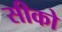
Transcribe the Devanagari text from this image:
सीको